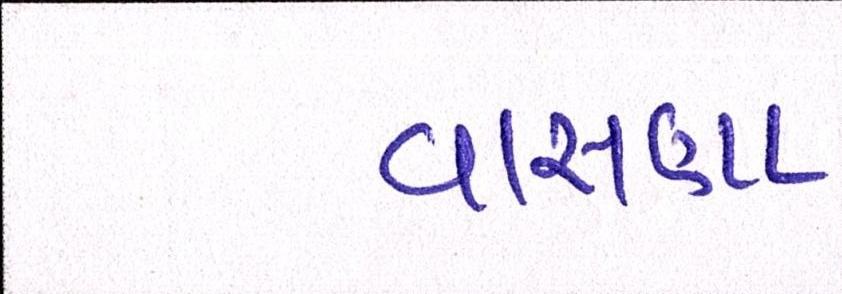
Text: વાસણા